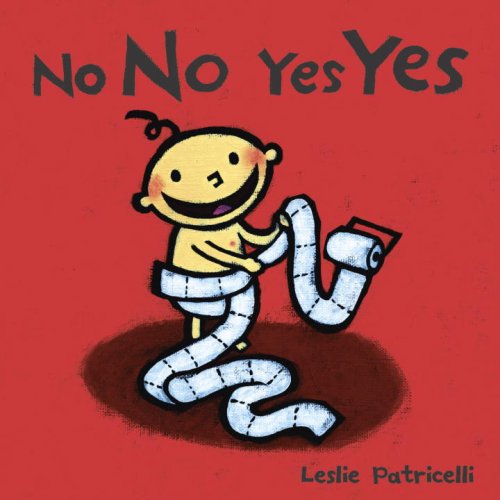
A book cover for No No Yes Yes (Leslie Patricelli board books); Leslie Patricelli; Children's Books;